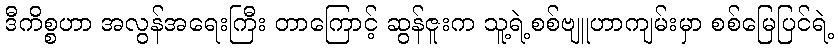
ဒီကိစ္စဟာ အလွန်အရေးကြီး တာကြောင့် ဆွန်ဇူးက သူ့ရဲ့စစ်ဗျူဟာကျမ်းမှာ စစ်မြေပြင်ရဲ့